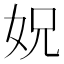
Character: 㚾